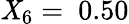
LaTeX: \mathit{X}_{6}=\ 0.50